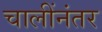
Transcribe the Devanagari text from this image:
चालींनंतर